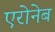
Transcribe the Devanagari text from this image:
एरोनेब